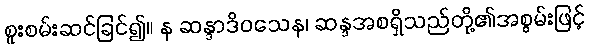
စူးစမ်းဆင်ခြင်၍။ န ဆန္ဒာဒိဝသေန၊ ဆန္ဒအစရှိသည်တို့၏အစွမ်းဖြင့်